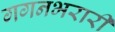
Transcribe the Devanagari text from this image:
गगनभरारी